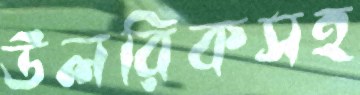
উলরিকসহ